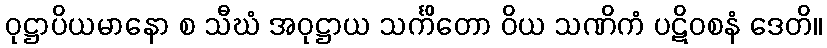
ဝုဋ္ဌာပိယမာနော စ သီဃံ အဝုဋ္ဌာယ သင်္ကိတော ဝိယ သဏိကံ ပဋိဝစနံ ဒေတိ။